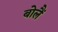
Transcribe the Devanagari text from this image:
बोलैं